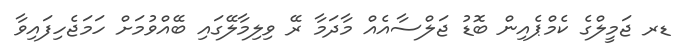
ޑރ ޖަމީލްގެ ކެމްޕެއިން ބޮޑު ޖަލްސާއެއް މާދަމާ ރޭ ވިލިމާލޭގައި ބޭއްވުމަށް ހަމަޖެހިފައިވާ